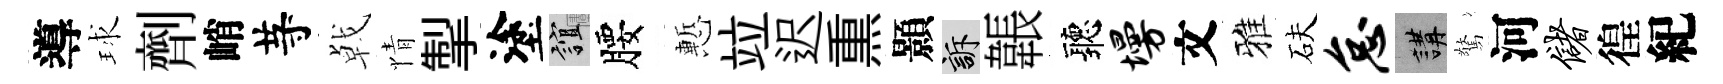
導球劑峭䒭㦸情掣塗誼腰慙竝迟𤋱顥訴韔聽墁文雅砆怠講驚河储徨紀